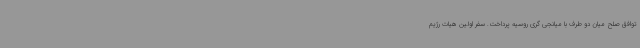
توافق صلح میان دو طرف با میانجی گری روسیه پرداخت. سفر اولین هیات رژیم